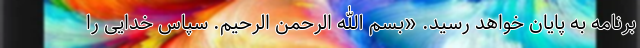
برنامه به پایان خواهد رسید. «بسم الله الرحمن الرحیم. سپاس خدایی را